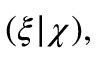
( \xi | \chi ) ,